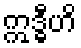
ဣဒ္ဓီဟိ